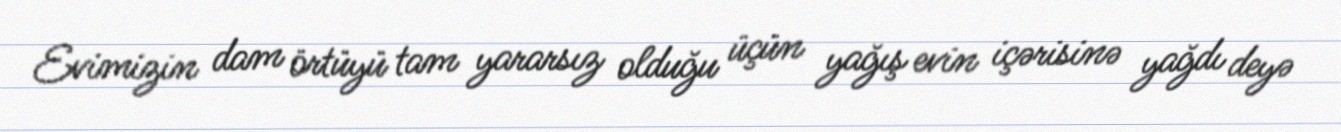
Evimizin dam örtüyü tam yararsız olduğu üçün yağış evin içərisinə yağdı deyə